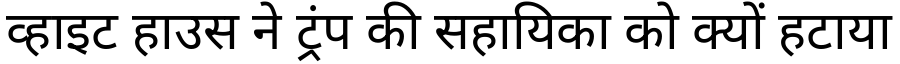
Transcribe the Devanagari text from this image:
व्हाइट हाउस ने ट्रंप की सहायिका को क्यों हटाया